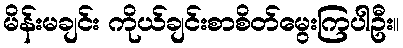
မိန်းမချင်း ကိုယ်ချင်းစာစိတ်မွေးကြပါဦး။